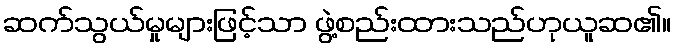
ဆက်သွယ်မှုများဖြင့်သာ ဖွဲ့စည်းထားသည်ဟုယူဆ၏။